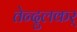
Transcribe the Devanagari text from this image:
तेन्दुलकर्